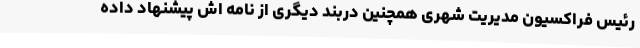
رئیس فراکسیون مدیریت شهری همچنین دربند دیگری از نامه اش پیشنهاد داده